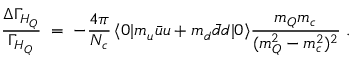
\frac { \Delta \Gamma _ { H _ { Q } } } { \Gamma _ { H _ { Q } } } \; = \; - \frac { 4 \pi } { N _ { c } } \, \langle 0 | { m _ { u } \bar { u } u + m _ { d } \bar { d } d } | 0 \rangle \frac { m _ { Q } m _ { c } } { ( m _ { Q } ^ { 2 } - m _ { c } ^ { 2 } ) ^ { 2 } } \; .